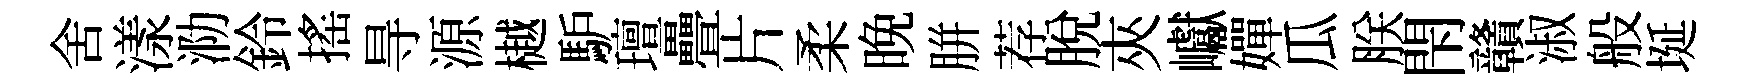
舍漾泐鈴搖㝵源樾馿璮疊片柔晩胼荐脱夾巘嬋瓜朕閇贛淑般埏